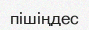
пішіңдес